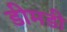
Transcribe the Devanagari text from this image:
डीमडी